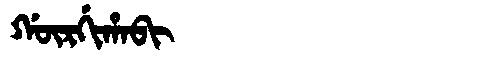
Manchu: ᡤᡡᡵᡤᡳᡥᠠᠪᡳ
Romanization: GŪRGIHABI